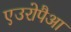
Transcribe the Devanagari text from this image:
एउरोपैआ